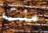
منت